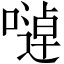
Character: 𱔉